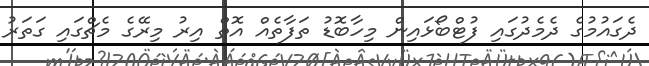
ދެގައުމުގެ ދެމެދުގައި ފުޓްބޯޅައިން މިހާބޮޑު ތަފާތެއް އޮތް އިރު މިރޭގެ މެޗްގައި ގަތަރު